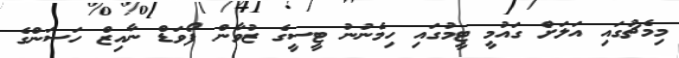
މިމެޗުގައި އަލަށް ގައުމީ ޓީމުގައި ހިމެނުނު ޓީސީގެ ޒުވާން ފޯވަޑް ނާއިޒް ހަސަންގެ